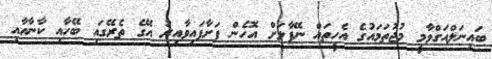
ބައިނަލްއަގްވާމީ މުޖުތަމައުގެ އެހީތައް ނޭޕާލަށް އޮހެން ފަށާފައިވާއިރު އޭގެ ތެރޭގައި ބޭހާއި ކާނާއާއި